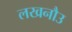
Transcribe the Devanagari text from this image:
लखनौउ